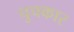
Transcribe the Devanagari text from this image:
चुचकार